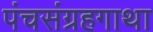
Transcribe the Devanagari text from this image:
पंचसंग्रहगाथा